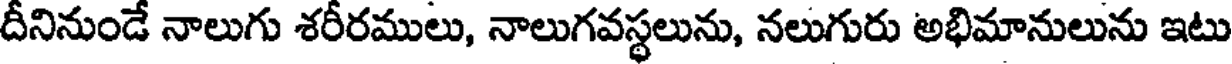
దీనినుండే నాలుగు శరీరములు, నాలుగవస్థలును, నలుగురు అభిమానులును ఇటు